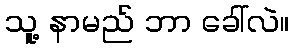
သူ့ နာမည် ဘာ ခေါ်လဲ။